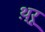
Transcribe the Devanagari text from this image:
थ़्रू